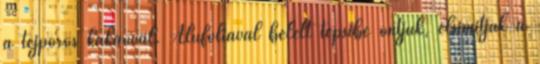
a tejporos kakaóval. Alufóliával bélelt tepsibe öntjük, elsimítjuk a